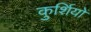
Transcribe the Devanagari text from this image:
कुर्शियों